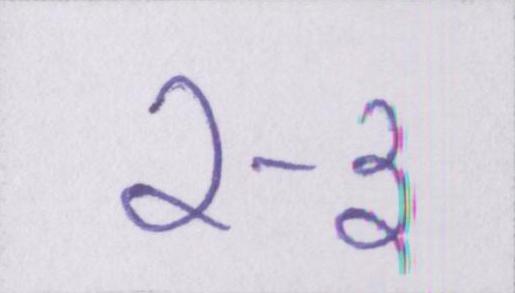
२-३